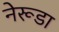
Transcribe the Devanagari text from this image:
नेरूडा